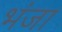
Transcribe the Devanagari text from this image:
भंजा